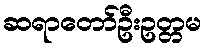
ဆရာတော်ဦးဥတ္တမ